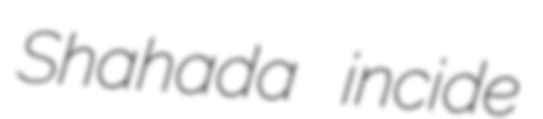
Shahada incide